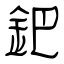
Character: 鈀